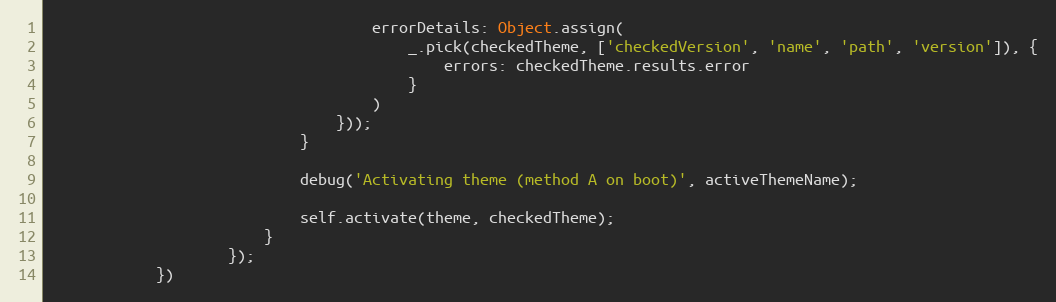
Language: JavaScript
                                    errorDetails: Object.assign(
                                        _.pick(checkedTheme, ['checkedVersion', 'name', 'path', 'version']), {
                                            errors: checkedTheme.results.error
                                        }
                                    )
                                }));
                            }

                            debug('Activating theme (method A on boot)', activeThemeName);

                            self.activate(theme, checkedTheme);
                        }
                    });
            })